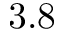
3 . 8